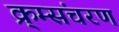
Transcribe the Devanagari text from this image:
क्र्म्संचरण